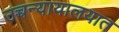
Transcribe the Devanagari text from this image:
उच्चन्यायालयात